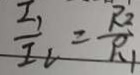
\frac { I _ { 1 } } { I _ { v } } = \frac { R _ { 2 } } { R _ { 1 } }